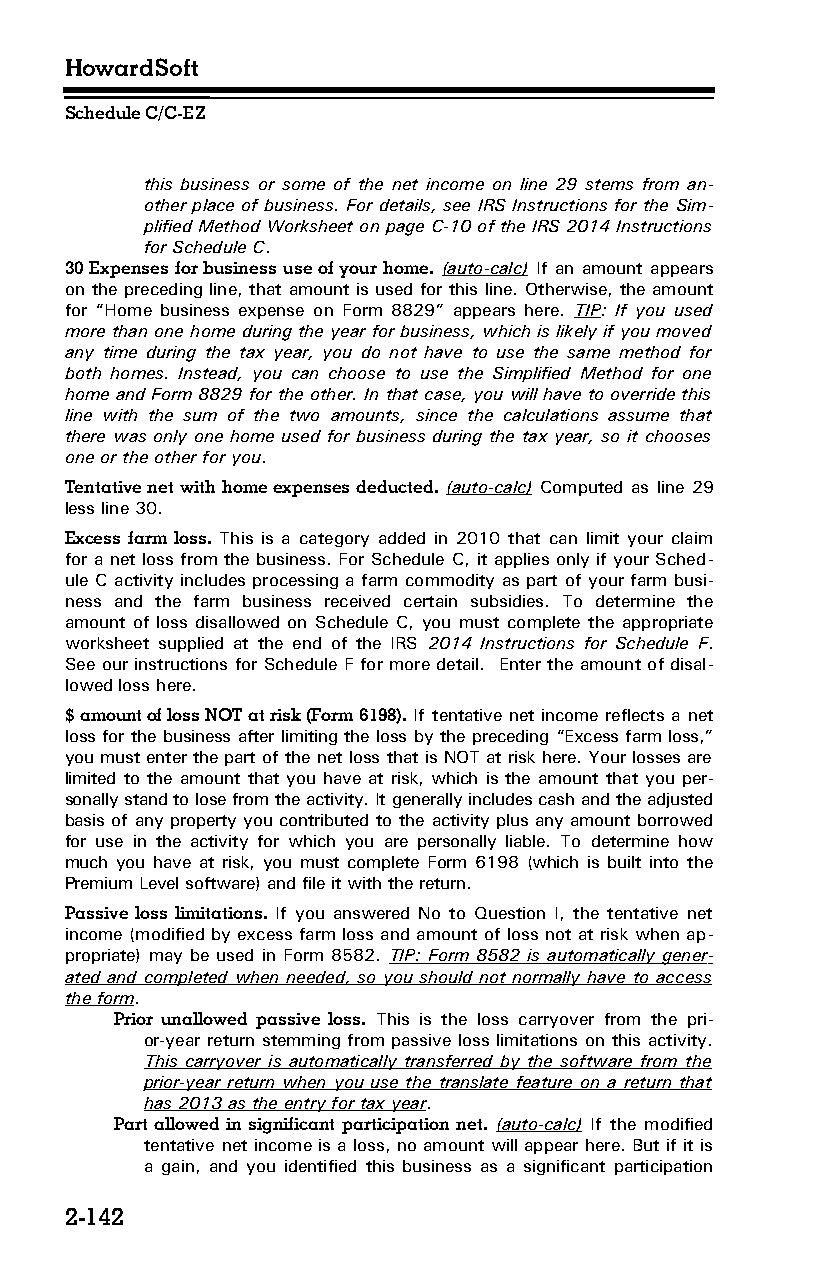
HowardSoft
 Schedule C/C-EZ
 this business or some of the net income on line 29 stems from an­
 other place of business. For details, see IRS Instructions for the Sim­
 plified Method Worksheet on page C-10 of the IRS 2014 Instructions
 for Schedule C.
 30 Expenses for business use of your home. (auto-calc) If an amount appears
 on the preceding line, that amount is used for this line. Otherwise, the amount
 for “Home business expense on Form 8829” appears here. TIP: If you used
 more than one home during the year for business, which is likely if you moved
 any time during the tax year, you do not have to use the same method for
 both homes. Instead, you can choose to use the Simplified Method for one
 home and Form 8829 for the other. In that case, you will have to override this
 line with the sum of the two amounts, since the calculations assume that
 there was only one home used for business during the tax year, so it chooses
 one or the other for you.
 Tentative net with home expenses deducted. (auto-calc) Computed as line 29
 less line 30.
 Excess farm loss. This is a category added in 2010 that can limit your claim
 for a net loss from the business. For Schedule C, it applies only if your Sched­
 ule C activity includes processing a farm commodity as part of your farm busi­
 ness and the farm business received certain subsidies. To determine the
 amount of loss disallowed on Schedule C, you must complete the appropriate
 worksheet supplied at the end of the IRS 2014 Instructions for Schedule F.
 See our instructions for Schedule F for more detail. Enter the amount of disal­
 lowed loss here.
 $ amount of loss NOT at risk (Form 6198). If tentative net income reflects a net
 loss for the business after limiting the loss by the preceding “Excess farm loss,”
 you must enter the part of the net loss that is NOT at risk here. Your losses are
 limited to the amount that you have at risk, which is the amount that you per­
 sonally stand to lose from the activity. It generally includes cash and the adjusted
 basis of any property you contributed to the activity plus any amount borrowed
 for use in the activity for which you are personally liable. To determine how
 much you have at risk, you must complete Form 6198 (which is built into the
 Premium Level software) and file it with the return.
 Passive loss limitations. If you answered No to Question I, the tentative net
 income (modified by excess farm loss and amount of loss not at risk when ap­
 propriate) may be used in Form 8582. TIP: Form 8582 is automatically gener­
 ated and completed when needed, so you should not normally have to access
 the form.
 Prior unallowed passive loss. This is the loss carryover from the pri­
 or-year return stemming from passive loss limitations on this activity.
 This carryover is automatically transferred by the software from the
 prior-year return when you use the translate feature on a return that
 has 2013 as the entry for tax year.
 Part allowed in significant participation net. (auto-calc) If the modified
 tentative net income is a loss, no amount will appear here. But if it is
 a gain, and you identified this business as a significant participation
 2-142